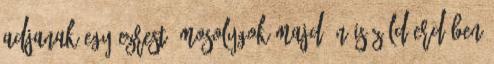
Adjanak egy ezrest, mosolygok majd én is Zöld erdőben